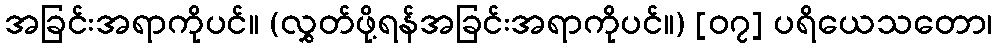
အခြင်းအရာကိုပင်။ (လွှတ်ဖို့ရန်အခြင်းအရာကိုပင်။) [၀၇] ပရိယေသတော၊